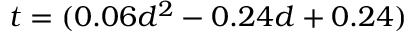
t = ( 0 . 0 6 d ^ { 2 } - 0 . 2 4 d + 0 . 2 4 )